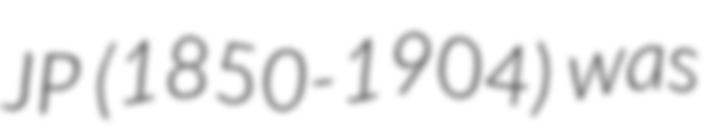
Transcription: JP (1850-1904) was